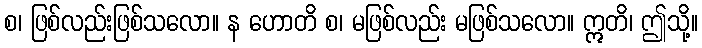
စ၊ ဖြစ်လည်းဖြစ်သလော။ န ဟောတိ စ၊ မဖြစ်လည်း မဖြစ်သလော။ ဣတိ၊ ဤသို့။